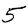
Digit: 5